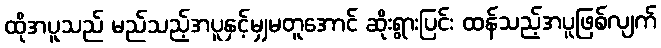
ထိုအပူသည် မည်သည့်အပူနှင့်မျှမတူအောင် ဆိုးရွားပြင်း ထန်သည့်အပူဖြစ်လျက်